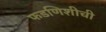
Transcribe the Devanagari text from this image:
फडणिशीची